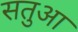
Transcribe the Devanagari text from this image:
सतुआ